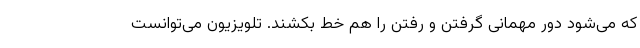
که می‌شود دور مهمانی گرفتن و رفتن را هم خط بکشند. تلویزیون می‌توانست